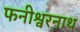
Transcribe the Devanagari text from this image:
फनीश्वरनाथ